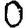
Digit: 0